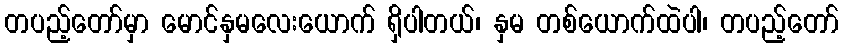
တပည့်တော်မှာ မောင်နှမလေးယောက် ရှိပါတယ်၊ နှမ တစ်ယောက်ထဲပါ၊ တပည့်တော်